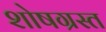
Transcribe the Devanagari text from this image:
शोषग्रस्‍त